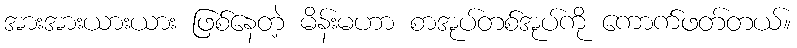
အားအားယားယား ဖြစ်နေတဲ့ မိန်းမဟာ စာအုပ်တစ်အုပ်ကို ကောက်ဖတ်တယ်။